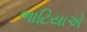
ભાટિયાએ